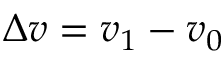
\Delta v = v _ { 1 } - v _ { 0 }